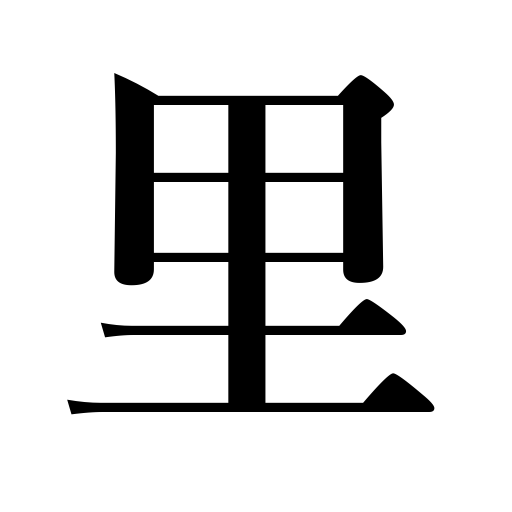
Meanings: parents' home,village,the country,hamlet,a Japanese league,2.44 miles